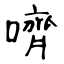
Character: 嚌